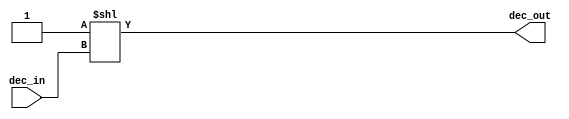
module udecoder(
  input wire [4:0] dec_in,
	output reg [22:0] dec_out);
	
	
always @* begin
 dec_out = 23'd1 << dec_in;
end
 
endmodule